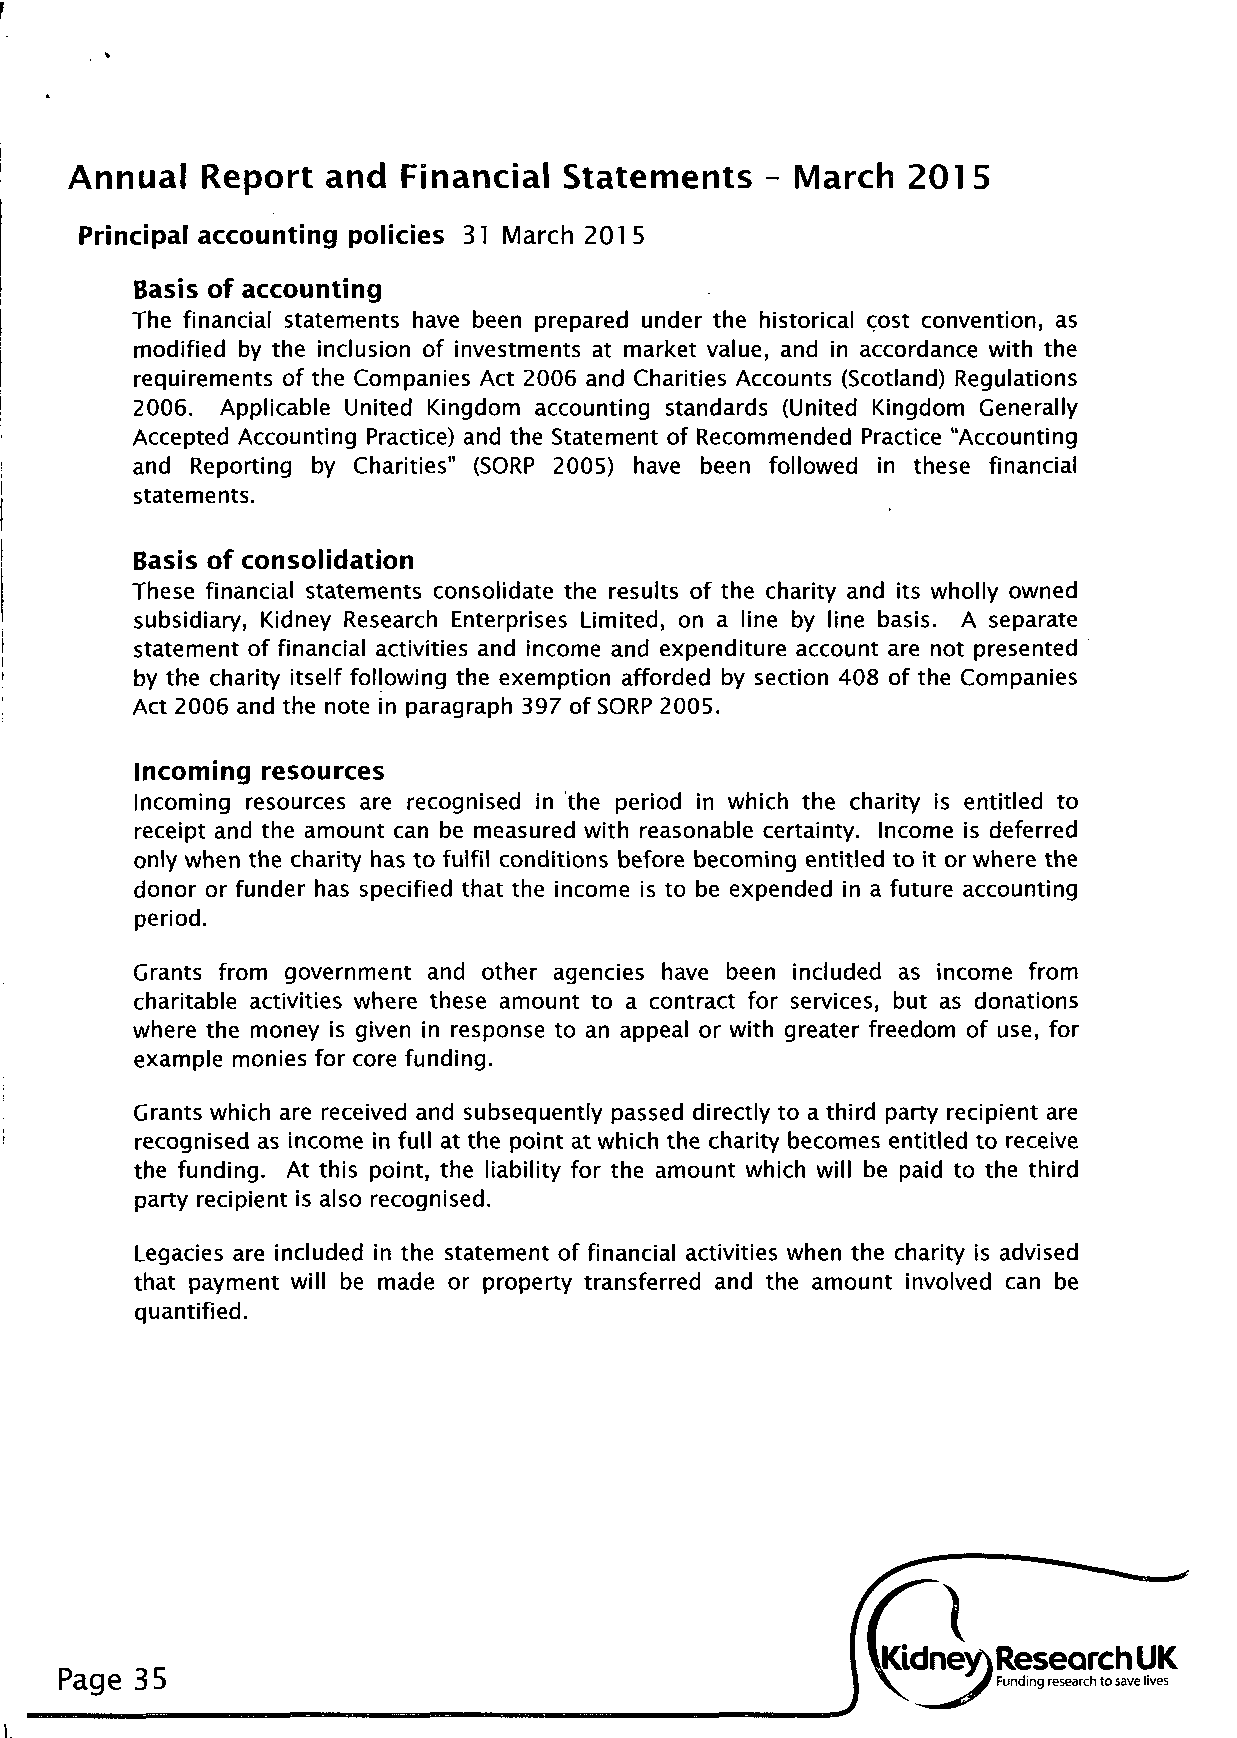
Annual  Report  and  Financial  Statements   - March   201 5
 Principal accounting policies 31 March 2015
 Basis of accounting
 The financial statements have been prepared under the historical cost convention, as
 modified by the inclusion of investments at market value, and in accordance with the
 requirements of the Companies Act 2006 and Charities Accounts (Scotland) Regulations
 2006. Applicable United Kingdom accounting standards (United Kingdom Generally
 Accepted Accounting Practice) and the Statement of Recommended Practice "Accounting
 and Reporting by Charities" (SORP 2005) have been followed in these financial
 statements.
 Basis of consolidation
 These financial statements consolidate the results of the charity and its wholly owned
 subsidiary, Kidney Research Enterprises Limited, on a line by line basis. A separate
 statement of financial activities and income and expenditure account are not presented
 by the charity itself following the exemption afforded by section 408 of the Companies
 Act 2006 and the note in paragraph 397 of SORP 2005.
 Incoming resources
 Incoming resources are recognised in the period in which the charity is entitled to
 receipt and the amount can be measured with reasonable certainty. Income is deferred
 only when the charity has to fulfil conditions before becoming entitled to it or where the
 donor or funder has specified that the income is to be expended in a future accounting
 period.
 Grants from government and other agencies have been included as income from
 charitable activities where these amount to a contract for services, but as donations
 where the money is given in response to an appeal or with greater freedom of use, for
 example monies for core funding.
 Grants which are received and subsequently passed directly to a third party recipient are
 recognised as income in full at the point at which the charity becomes entitled to receive
 the funding. At this point, the liability for the amount which will be paid to the third
 party recipient is also recognised.
 Legacies are included in the statement of financial activities when the charity is advised
 that payment will be made or property transferred and the amount involved can be
 quantified.
 Page 35